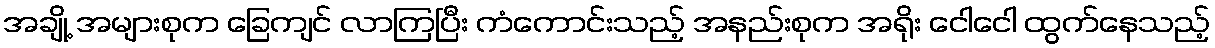
အချို့ အများစုက ခြေကျင် လာကြပြီး ကံကောင်းသည့် အနည်းစုက အရိုး ငေါငေါ ထွက်နေသည့်